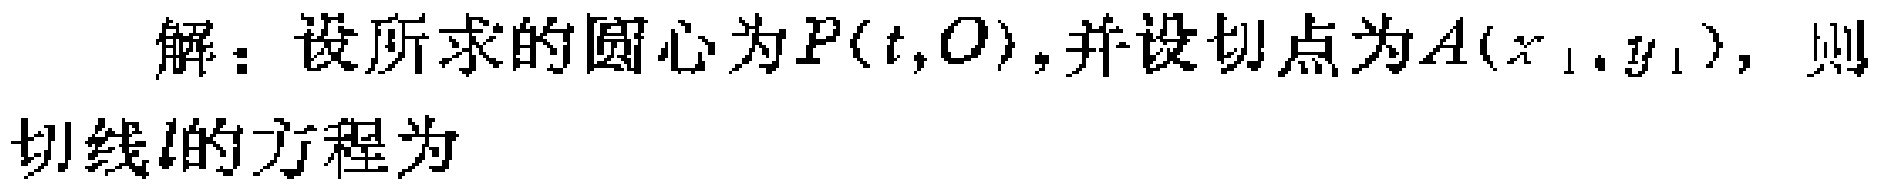
解：设所求的圆心为\(P(t,0)\)，并设切点为\(A(x_1,y_1)\)，则切线\(l\)的方程为